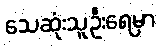
သေဆုံးသူဦးရေမှာ